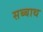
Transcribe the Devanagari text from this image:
सब्‍बाथ